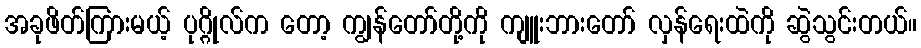
အခုဖိတ်ကြားမယ့် ပုဂ္ဂိုလ်က တော့ ကျွန်တော်တို့ကို ကျူးဘားတော် လှန်ရေးထဲကို ဆွဲသွင်းတယ်။